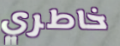
خاطري